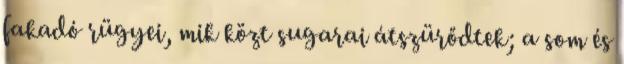
fakadó rügyei, mik közt sugarai átszürődtek; a som és